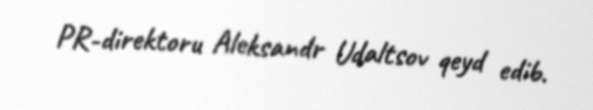
PR-direktoru Aleksandr Udaltsov qeyd edib.